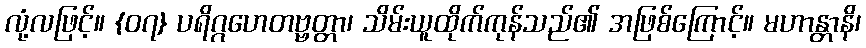
လုံ့လဖြင့်။ {၀၇} ပရိဂ္ဂဟေတဗ္ဗတ္တာ၊ သိမ်းယူထိုက်ကုန်သည်၏ အဖြစ်ကြောင့်။ မဟာန္တာနိ၊